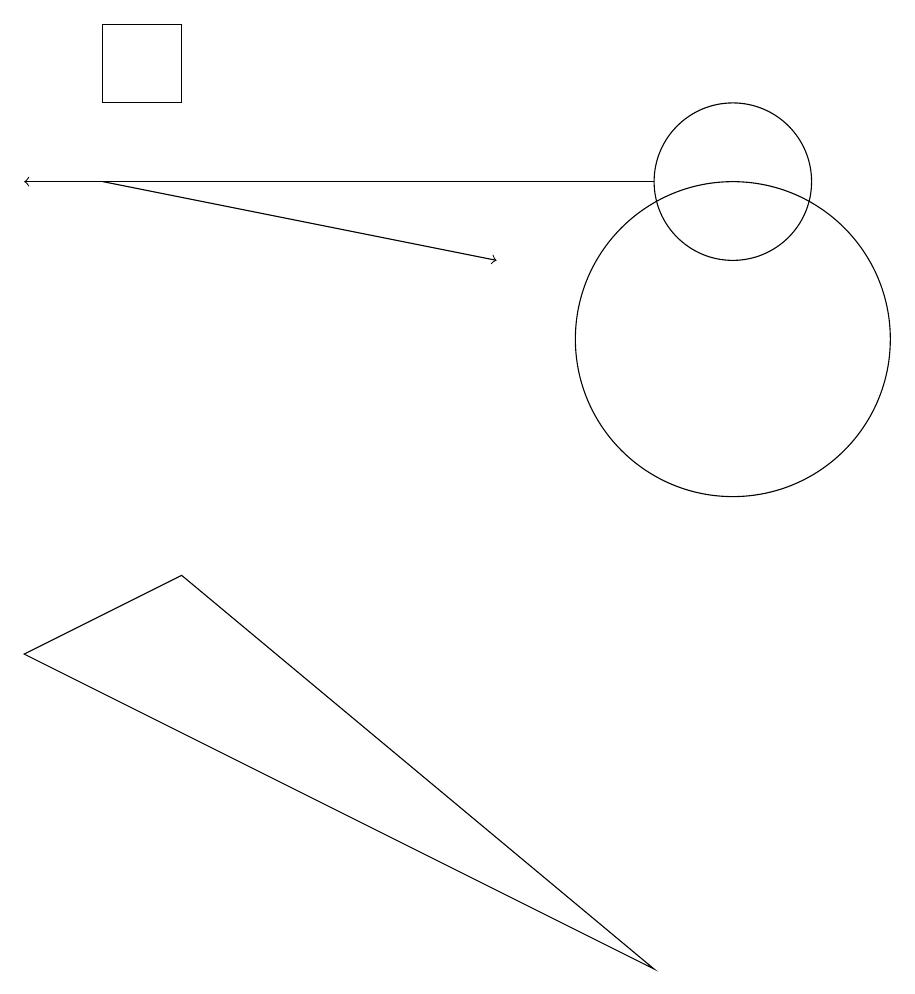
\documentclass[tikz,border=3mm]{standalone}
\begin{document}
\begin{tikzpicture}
\draw[->] (9,12) -- (1,12);
\draw (10,12) circle (1);
\draw (3,7) -- (1,6) -- (9,2) -- cycle;
\draw (3,13) rectangle (2,14);
\draw[->] (2,12) -- (7,11);
\draw (10,10) circle (2);
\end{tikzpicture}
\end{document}